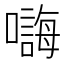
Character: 𱕒